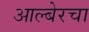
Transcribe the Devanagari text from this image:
आल्बेरचा